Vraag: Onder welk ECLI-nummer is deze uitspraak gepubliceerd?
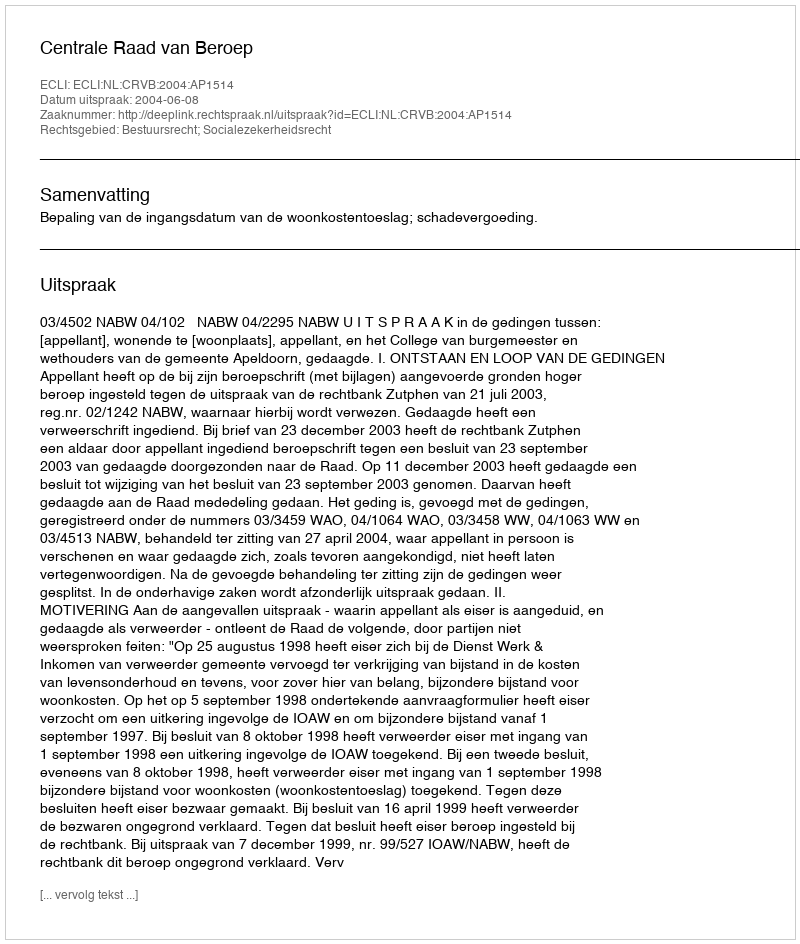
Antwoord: ECLI:NL:CRVB:2004:AP1514